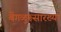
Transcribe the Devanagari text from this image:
बेंगळुरूसारख्या